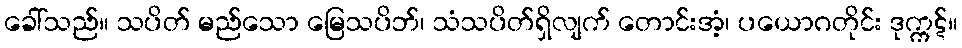
ခေါ်သည်။ သပိတ် မည်သော မြေသပိဘ်၊ သံသပိတ်ရှိလျက် တောင်းအံ့၊ ပယောဂတိုင်း ဒုက္ကဋ်။